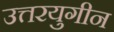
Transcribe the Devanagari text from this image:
उत्तरयुगीन